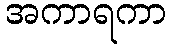
အကာရကာ